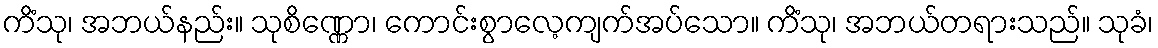
ကိံသု၊ အဘယ်နည်း။ သုစိဏ္ဏော၊ ကောင်းစွာလေ့ကျက်အပ်သော။ ကိံသု၊ အဘယ်တရားသည်။ သုခံ၊